Report on plague and inoculation in the Punjab from October 1st ... to September 30th..., being the ... season of plague in the province
Disease focus: Plague
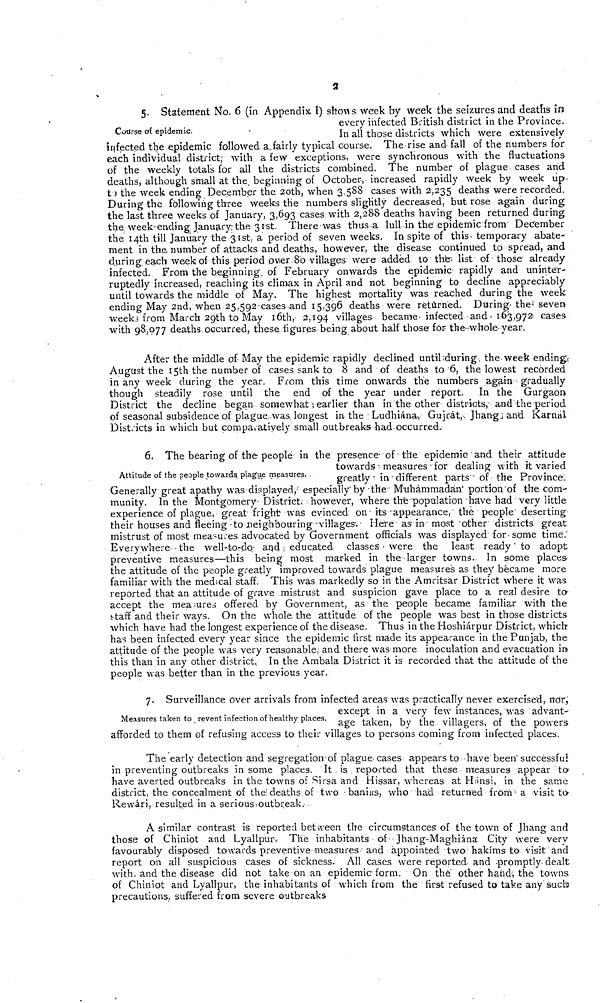
2
Course of epidemic.
5. Statement No. 6 (in Appendix 1) shows week by week the seizures and deaths in
every infected British district in the Province.
In all those districts which were extensively
infected the epidemic followed a fairly typical course. The rise and fall of the numbers for
each individual district; with a few exceptions, were synchronous with the fluctuations
of the weekly totals for all the districts combined. The number of plague cases and
deaths, although small at the, beginning of October, increased rapidly week by week up.
to the week ending December the 20th, when 3,588 cases with 2,235 deaths were recorded.
During the following three weeks the numbers slightly decreased, but rose again during
the last three weeks of January, 3,693 cases with 2,288 deaths having been returned during
the week-ending January; the 31st. There was thus-a lull in the epidemic from December
the 14th till January the 31st, a period of seven weeks. In spite of this temporary abate-
ment in the number of attacks and deaths, however, the disease continued to spread, and
during each week of this period over 80 villages were added to the list of those already
infected. From the beginning of February onwards the epidemic rapidly and uninter-
ruptedly increased, reaching its climax in April and not beginning to decline appreciably
until towards the middle of May. The highest mortality was reached during the week
ending May 2nd, when 25,592 cases and 15,396 deaths were returned. During- the seven
weeks from March 29th to May 16th, 2,194 villages became infected and 163,972 cases
with 98,077 deaths occurred, these figures being about half those for the whole year.
After the middle of May the epidemic rapidly declined until ;during. the week ending<
August the 15th the number of cases sank to 8 and of deaths to 6, the lowest recorded
in any week during the year. From this time onwards the numbers again - gradually
though steadily rose until the end of the year under report. In the Gurgaon
District the decline began somewhat ; earlier than in the other districts,- and the period
of seasonal subsidence of plague was, longest in the Ludhiána, Gujrát, Jhang and Karnál
Districts in which but comparatively small outbreaks had occurred.
Attitude of the people towards plague measures.
6. The bearing of the people in the presence of the epidemic and their attitude
towards measures for dealing with it varied
greatly in different parts' of the Province.
Generally great apathy was displayed,' especially' by the Muhammadán' portion of the com-
munity. In the Montgomery District, however, where the population have had very little
experience of plague, great fright was evinced on its appearance, the people deserting
their houses and fleeing to neighbouring villages. Here as in- most other districts great
mistrust of most measures advocated by Government officials was displayed' for some time.
Everywhere - the well-to-do. and educated classes were the least ready to adopt
preventive measures—this being most marked in the larger towns. In some places
the attitude of the people greatly improved towards plague measures as they became more
familiar with the medical staff. This was markedly so in the Amritsar District where it was
reported that an attitude of grave mistrust and suspicion gave place to a real desire to
accept the measures offered by Government, as the people became familiar with the
staff and their ways. On the whole the attitude of the people was best in those districts
which have had the longest experience of the disease. Thus in the Hoshiárpur District, which
has been infected every year since the epidemic first made its appearance in the Punjab, the
attitude of the people was very reasonable, and there was more inoculation and evacuation in
this than in any other district. In the Ambala District it is recorded that the attitude of the
people was better than in the previous year.
Measures taken to revent infection of healthy places.
7. Surveillance over arrivals from infected areas was practically never exercised, nor,
except in a very few instances, was advant-
age taken, by the villagers, of the powers
afforded to them of refusing access to their villages to persons coming from infected places.
The early detection and segregation-of plague cases appears to have been successful
in preventing outbreaks in some places. It , is reported that these measures appear to
have averted outbreaks in the towns of Sirsa and Hissar, whereas at Hánsi, in the same
district, the concealment of the deaths of two banias, who had returned from a visit ta
Rewári, resulted in a serious; outbreak.
A similar contrast is reported between the circumstances of the town of Jhang and
those of Chiniot and Lyallpur. The inhabitants of Jhang-Maghiána City were very
favourably disposed towards preventive measures and appointed two hakims to visit and
report on all suspicious cases of sickness. All cases were reported and promptly dealt
with and the disease did not take on an epidemie form. On the other hand, the towns
of Chiniot and Lyallpur, the inhabitants of which from the first refused to take any such
precautions, suffered from severe outbreaks